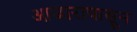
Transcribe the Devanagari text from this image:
आजारापासून